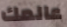
عالمك